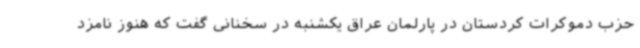
حزب دموکرات کردستان در پارلمان عراق یکشنبه در سخنانی گفت که هنوز نامزد